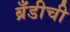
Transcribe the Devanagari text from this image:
ब्रँडीची